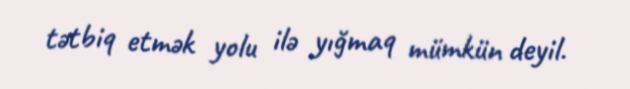
tətbiq etmək yolu ilə yığmaq mümkün deyil.